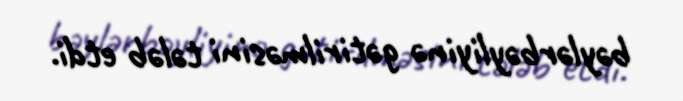
bəylərbəyliyinə gətirilməsini tələb etdi.